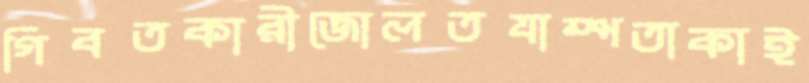
গিবতকারীজোলতযাম্পতাকাই